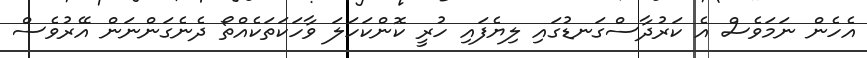
އެހެން ނަމަވެސް އެ ކަރުދާސްގަނޑުގައި ލިޔެފައި ހުރީ ކޮންކަހަލަ ވާހަކަތަކެއްތޯ ދެނެގަންނަން އޭރުވެސް